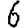
Digit: 6